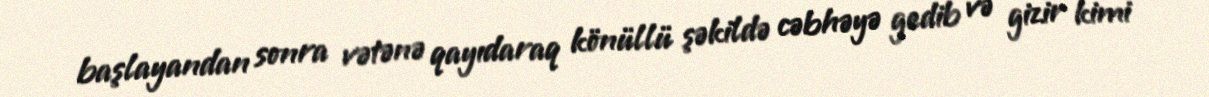
başlayandan sonra vətənə qayıdaraq könüllü şəkildə cəbhəyə gedib və gizir kimi